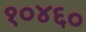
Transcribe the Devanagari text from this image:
१०४६०